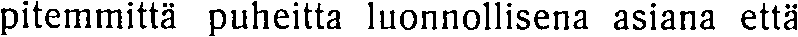
pitemmittä puheitta luonnollisena asiana että